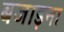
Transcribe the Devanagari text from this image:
बजाड़ना